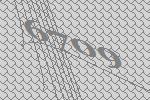
6709